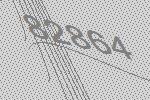
82864